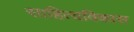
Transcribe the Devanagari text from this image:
साहित्यविकास